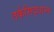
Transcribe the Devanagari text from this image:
तर्कसिद्धान्त